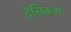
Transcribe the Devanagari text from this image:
देसिकस